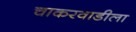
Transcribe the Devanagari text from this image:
चाकरवाडीला